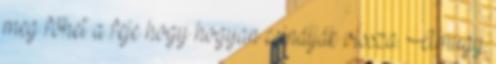
meg főhet a feje hogy hogyan csinálják vissza. Amugy